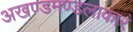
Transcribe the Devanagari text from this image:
अखण्डमण्डलाकारं